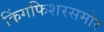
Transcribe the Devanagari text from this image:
किंगफिशरसमोर